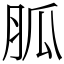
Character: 胍